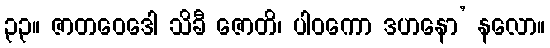
၃၃။ ဇာတဝေဒေါ သိခီ ဇောတိ၊ ပါဝကော ဒဟနော’ နလော။